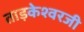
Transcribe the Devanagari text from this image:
ताड़केश्वरजी